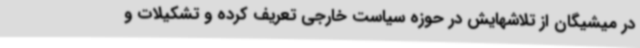
در میشیگان از تلاشهایش در حوزه سیاست خارجی تعریف کرده و تشکیلات و